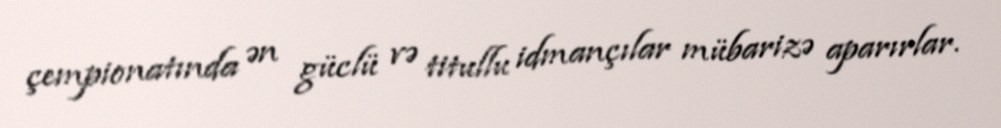
çempionatında ən güclü və titullu idmançılar mübarizə aparırlar.